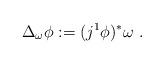
LaTeX: \begin{align*} \Delta_{\omega} \phi : = (j^1\phi)^* \omega \ . \end{align*}